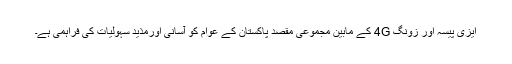
ایزی پیسہ اور زونگ 4G کے مابین مجموعی مقصد پاکستان کے عوام کو آسانی اورمذید سہولیات کی فراہمی ہے۔